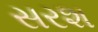
સરશ